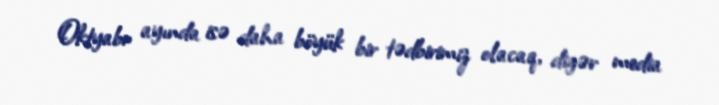
Oktyabr ayında isə daha böyük bir tədbirimiz olacaq, digər media